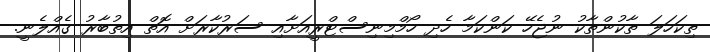
ތިކަހަލަ ތާކުންތާކު ނުޖެހޭ ކަންކަމާ ހެދި ހޯމްމިނިސްޓްރީއަށާއި ސަރުކާރަށް އޮތް އިތުބާރު ގެއްލެނީ.